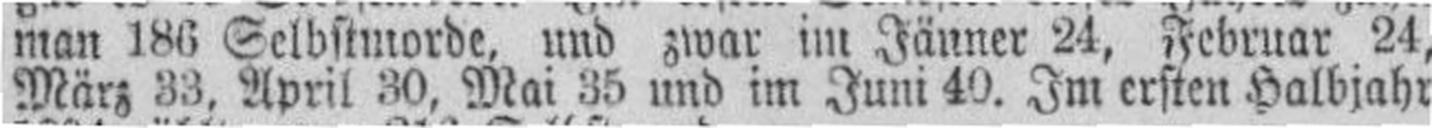
März 33, April 30, Mai 35 und im Juni 40. Im ersten Halbjahr